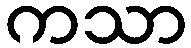
ကသာ